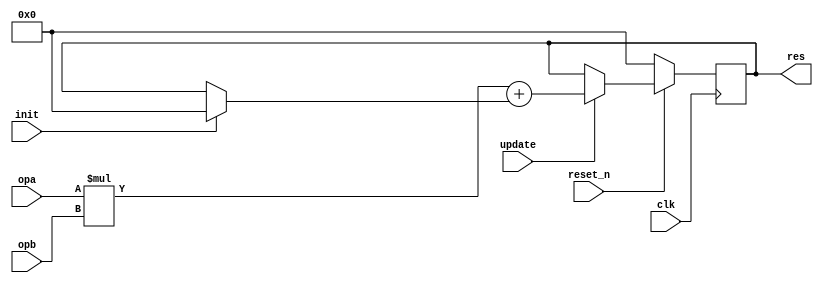
module poly1305_mulacc(
                       input wire           clk,
                       input wire           reset_n,

                       input wire           init,
                       input wire           update,
                       input wire  [63 : 0] opa,
                       input wire  [31 : 0] opb,
                       output wire [63 : 0] res
                      );

  //----------------------------------------------------------------
  // Registers including update variables and write enable.
  //----------------------------------------------------------------
  reg [63 : 0] mulacc_res_reg;
  reg [63 : 0] mulacc_res_new;


  //----------------------------------------------------------------
  // Concurrent connectivity for ports etc.
  //----------------------------------------------------------------
  assign res = mulacc_res_reg;


  //----------------------------------------------------------------
  // reg_update
  //
  // Update functionality for all registers in the core.
  // All registers are positive edge triggered with synchronous
  // active low reset.
  //----------------------------------------------------------------
  always @ (posedge clk)
    begin : reg_update
      if (!reset_n)
        begin
          mulacc_res_reg <= 64'h0;
        end
      else
        begin
          if (update)
            mulacc_res_reg <= mulacc_res_new;
        end
    end // reg_update


  //----------------------------------------------------------------
  // mac_logic
  //----------------------------------------------------------------
  always @*
    begin : mac_logic
      reg [63 : 0] mul_res;
      reg [63 : 0] mux_addop;

      mul_res = opa * opb;

      if (init)
        mux_addop = 64'h0;
      else
        mux_addop = mulacc_res_reg;

      mulacc_res_new = mul_res + mux_addop;
    end

endmodule